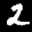
Label: 2